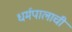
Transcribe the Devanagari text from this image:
धर्मपालाची